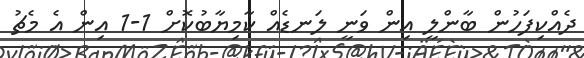
ދެއްކިފަހުން ބާންލީ އިން ވަނީ ލަނޑެއް ކާމިޔާބުކޮށް 1-1 އިން އެ މެޗު